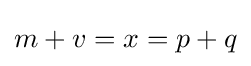
m+v=x=p+q